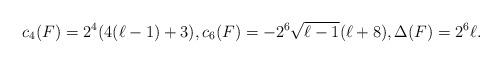
LaTeX: \begin{align*} c_4(F) = 2^4(4(\ell-1) + 3), c_6(F) = -2^6\sqrt{\ell-1}(\ell + 8), \Delta(F) = 2^6 \ell.\end{align*}